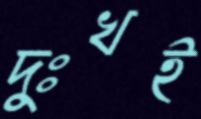
দুঃখই